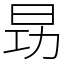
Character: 昮